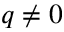
q \neq 0